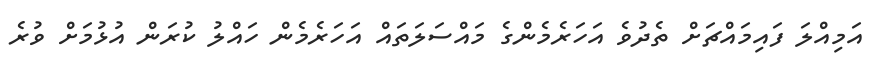
އަމިއްލަ ފައިމައްޗަށް ތެދުވެ އަހަރެމެންގެ މައްސަލަތައް އަހަރެމެން ހައްލު ކުރަން އުޅުމަށް ވުރެ